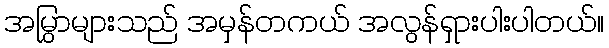
အမြွှာများသည် အမှန်တကယ် အလွန်ရှားပါးပါတယ်။